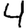
Digit: 4